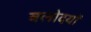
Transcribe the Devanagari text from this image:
बलोदयों